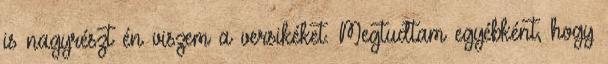
is nagyrészt én viszem a versikéket. Megtudtam egyébként, hogy